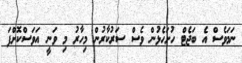
ނަމަވެސް އެ ބަޖެޓް ހުށަހެޅުން ވެސް ސަރުކާރުން މިހާރު މި ވަނީ އަވަސްކޮށްފަ